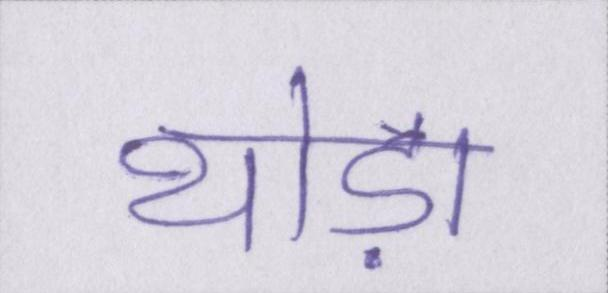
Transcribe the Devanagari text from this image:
थोड़ा